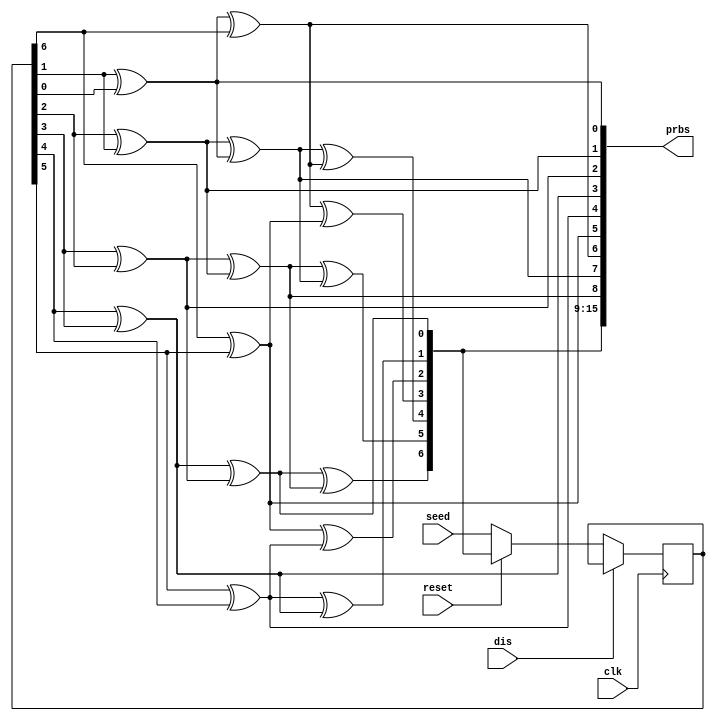
`timescale 1ns / 100ps
//////////////////////////////////////////////////////////////////////////////////
// Company: Southern Methodist University
// 
// Module Name: PRBS7
// Project Name: ETROC2 readout
// Description: 
// Dependencies: 
// 
// Revision:
// Revision 0.01 - File Created

// 
//////////////////////////////////////////////////////////////////////////////////
module PRBS7 #(parameter WORDWIDTH = 16)
(
	input           clk,            //40MHz
	input           reset,         //
	input           dis,          //
    input [6:0]     seed,   
	output [WORDWIDTH-1:0]    prbs
);

    wire [6:0] c [WORDWIDTH:0]; //chain for iteration
    reg [6:0] r;
   
    always @(posedge clk) 
    begin
        if(!dis)
        begin
            if(!reset)
            begin
                r <= seed;
            end
            else 
            begin
                r <= c[WORDWIDTH];
            end            
        end
    end

    assign c[0] = r;
    generate
        genvar i;
        for (i = 0 ; i < WORDWIDTH; i = i + 1)
        begin : loop_itr
            assign prbs[i] = c[i][1]^c[i][0];
            assign c[i+1] = {prbs[i],c[i][6:1]}; //LSB out, same as serializer
        end
    endgenerate

endmodule